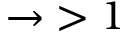
\rightarrow \; > 1